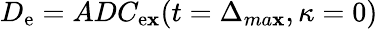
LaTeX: D_{\mathrm{e}}=ADC_{\mathrm{e}\mathbf{x}}(t=\Delta_{ma\mathbf{x}},\kappa=0)